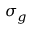
\sigma _ { g }